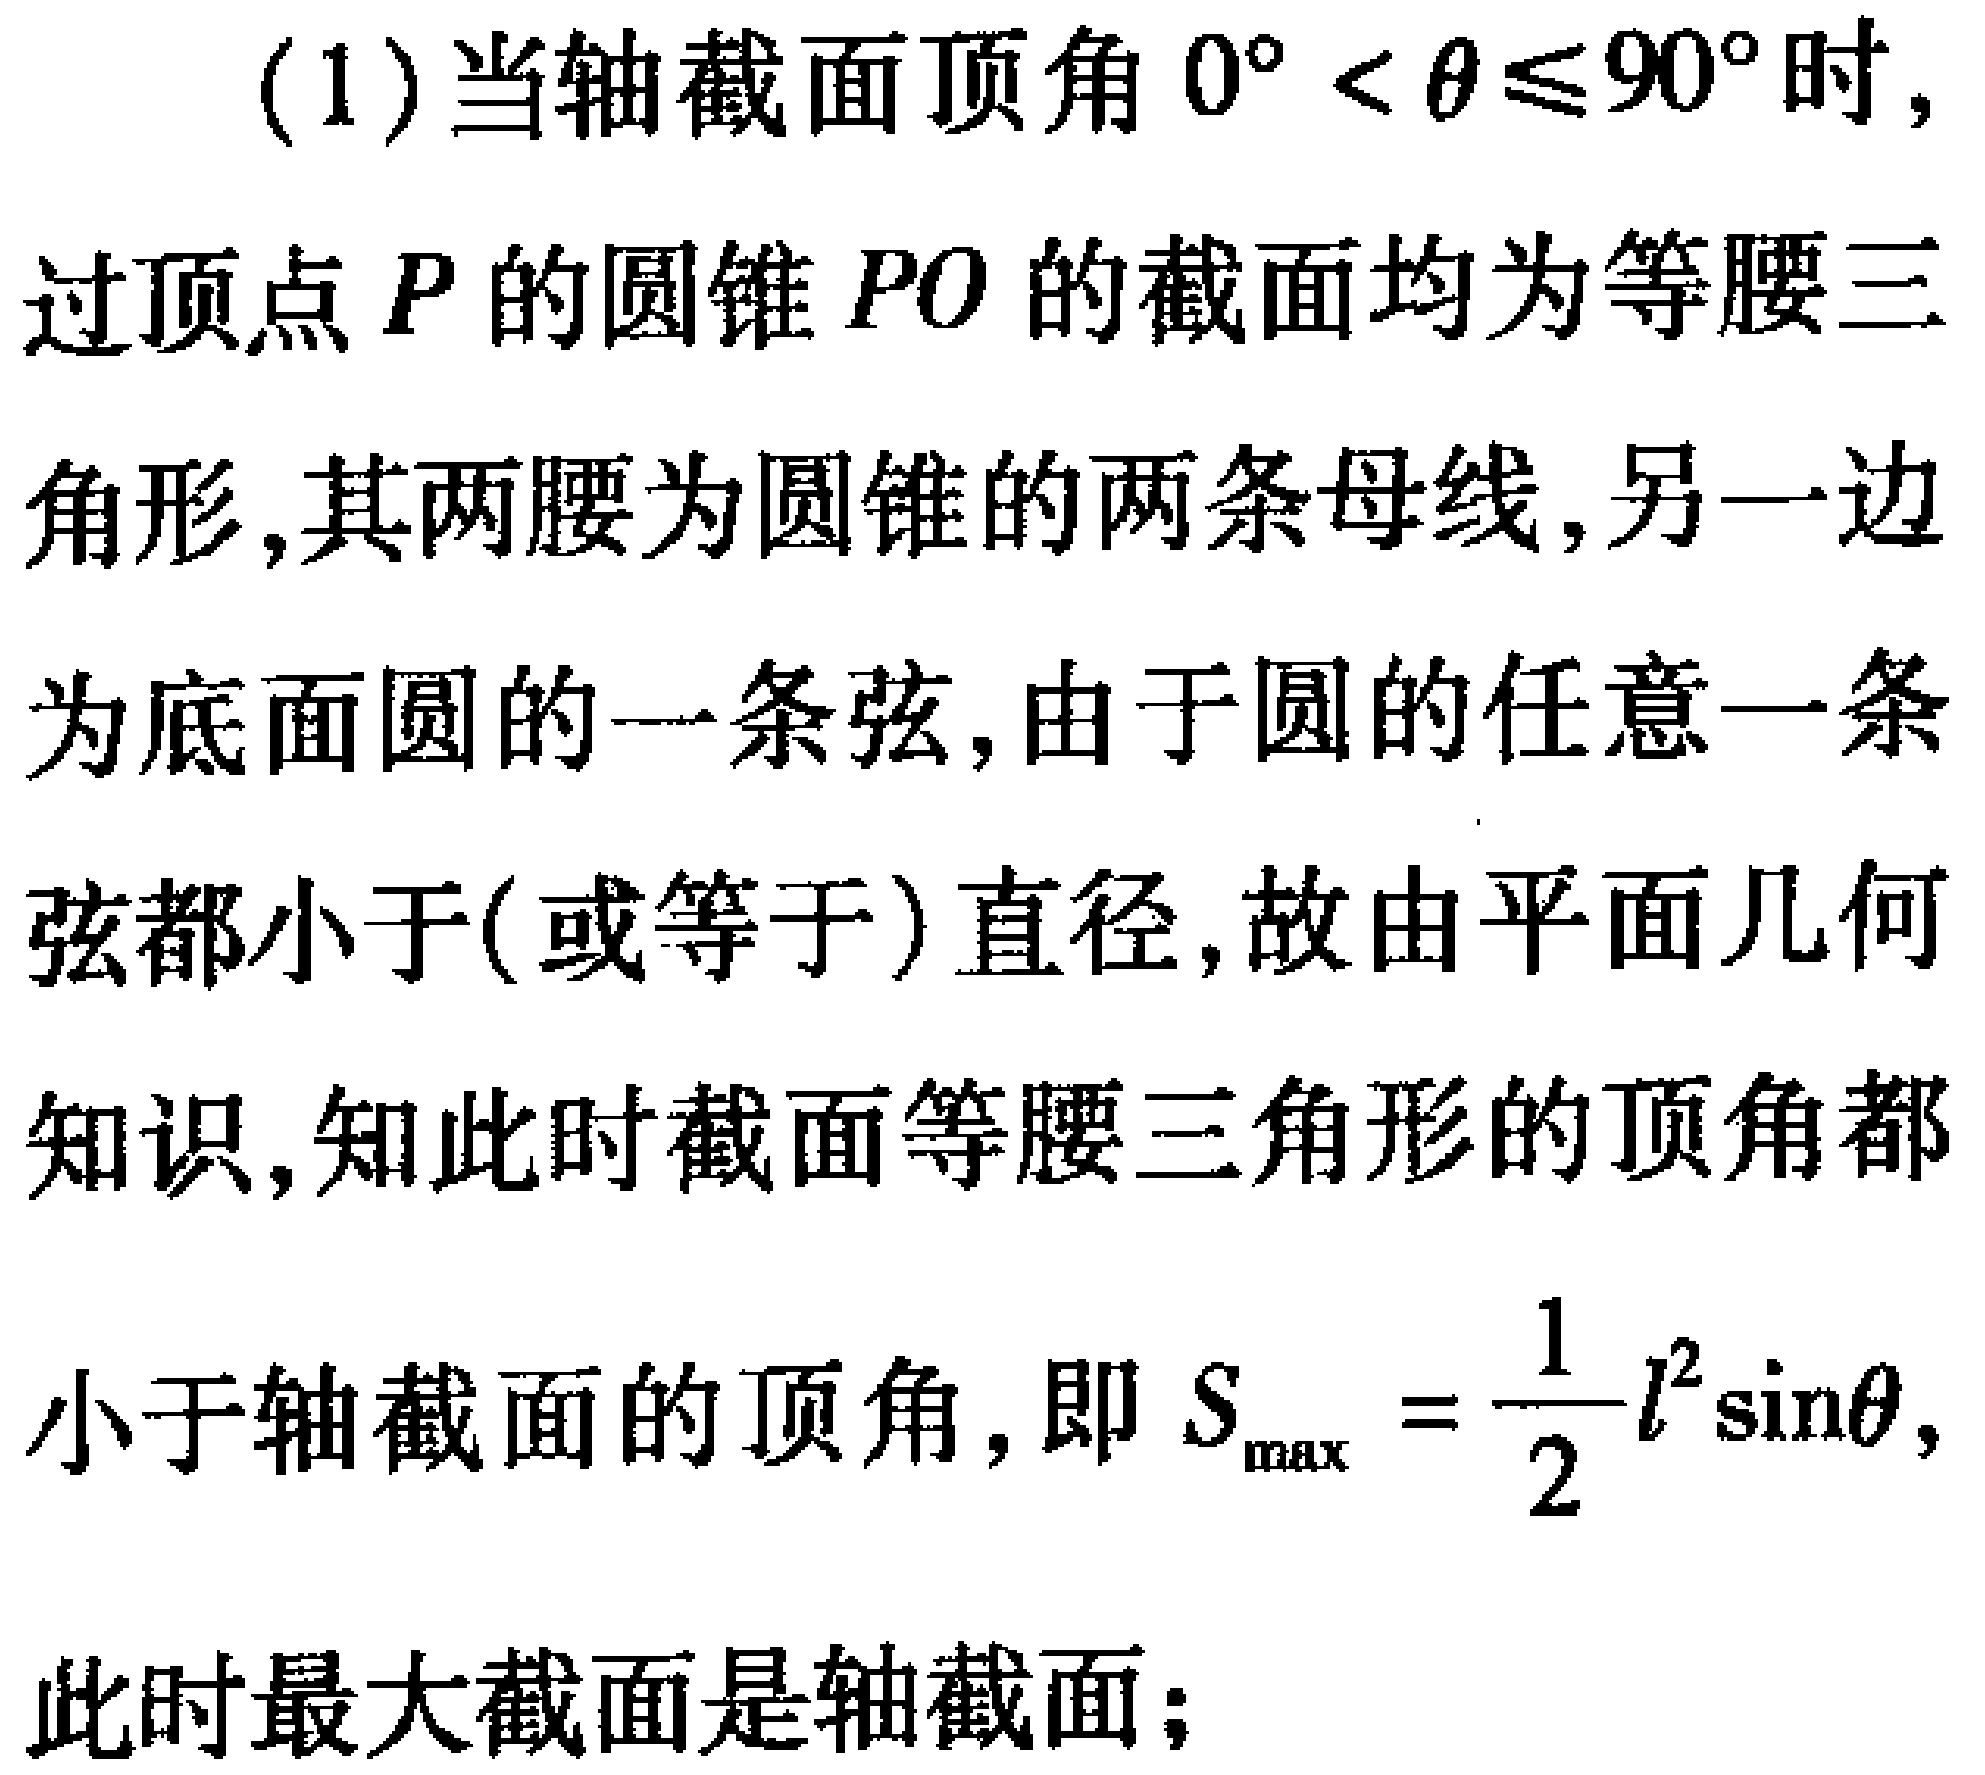
(1)当轴截面顶角 \(0^{\circ} < \theta \leq 90^{\circ}\) 时，过顶点 \(P\) 的圆锥 \(PO\) 的截面均为等腰三角形，其两腰为圆锥的两条母线，另一边为底面圆的一条弦，由于圆的任意一条弦都小于（或等于）直径，故由平面几何知识，知此时截面等腰三角形的顶角都小于轴截面的顶角，即 \(S_{\max}=\frac{1}{2}l^{2}\sin\theta\)，此时最大截面是轴截面；